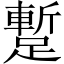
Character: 蹔